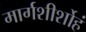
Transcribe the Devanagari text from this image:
मार्गशीर्शोहं